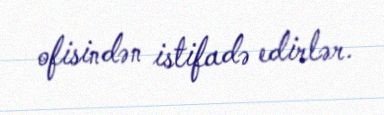
ofisindən istifadə edirlər.